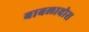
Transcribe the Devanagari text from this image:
बाबलावोस